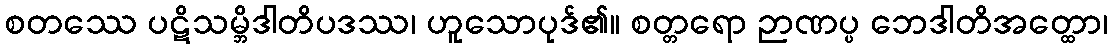
စတဿေ ပဋိသမ္ဘိဒါတိပဒဿ၊ ဟူသောပုဒ်၏။ စတ္တရော ဉာဏပ္ပ ဘေဒါတိအတ္ထော၊